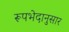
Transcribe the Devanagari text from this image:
रूपभेदानुसार